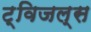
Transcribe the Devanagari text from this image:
ट्विजल्स